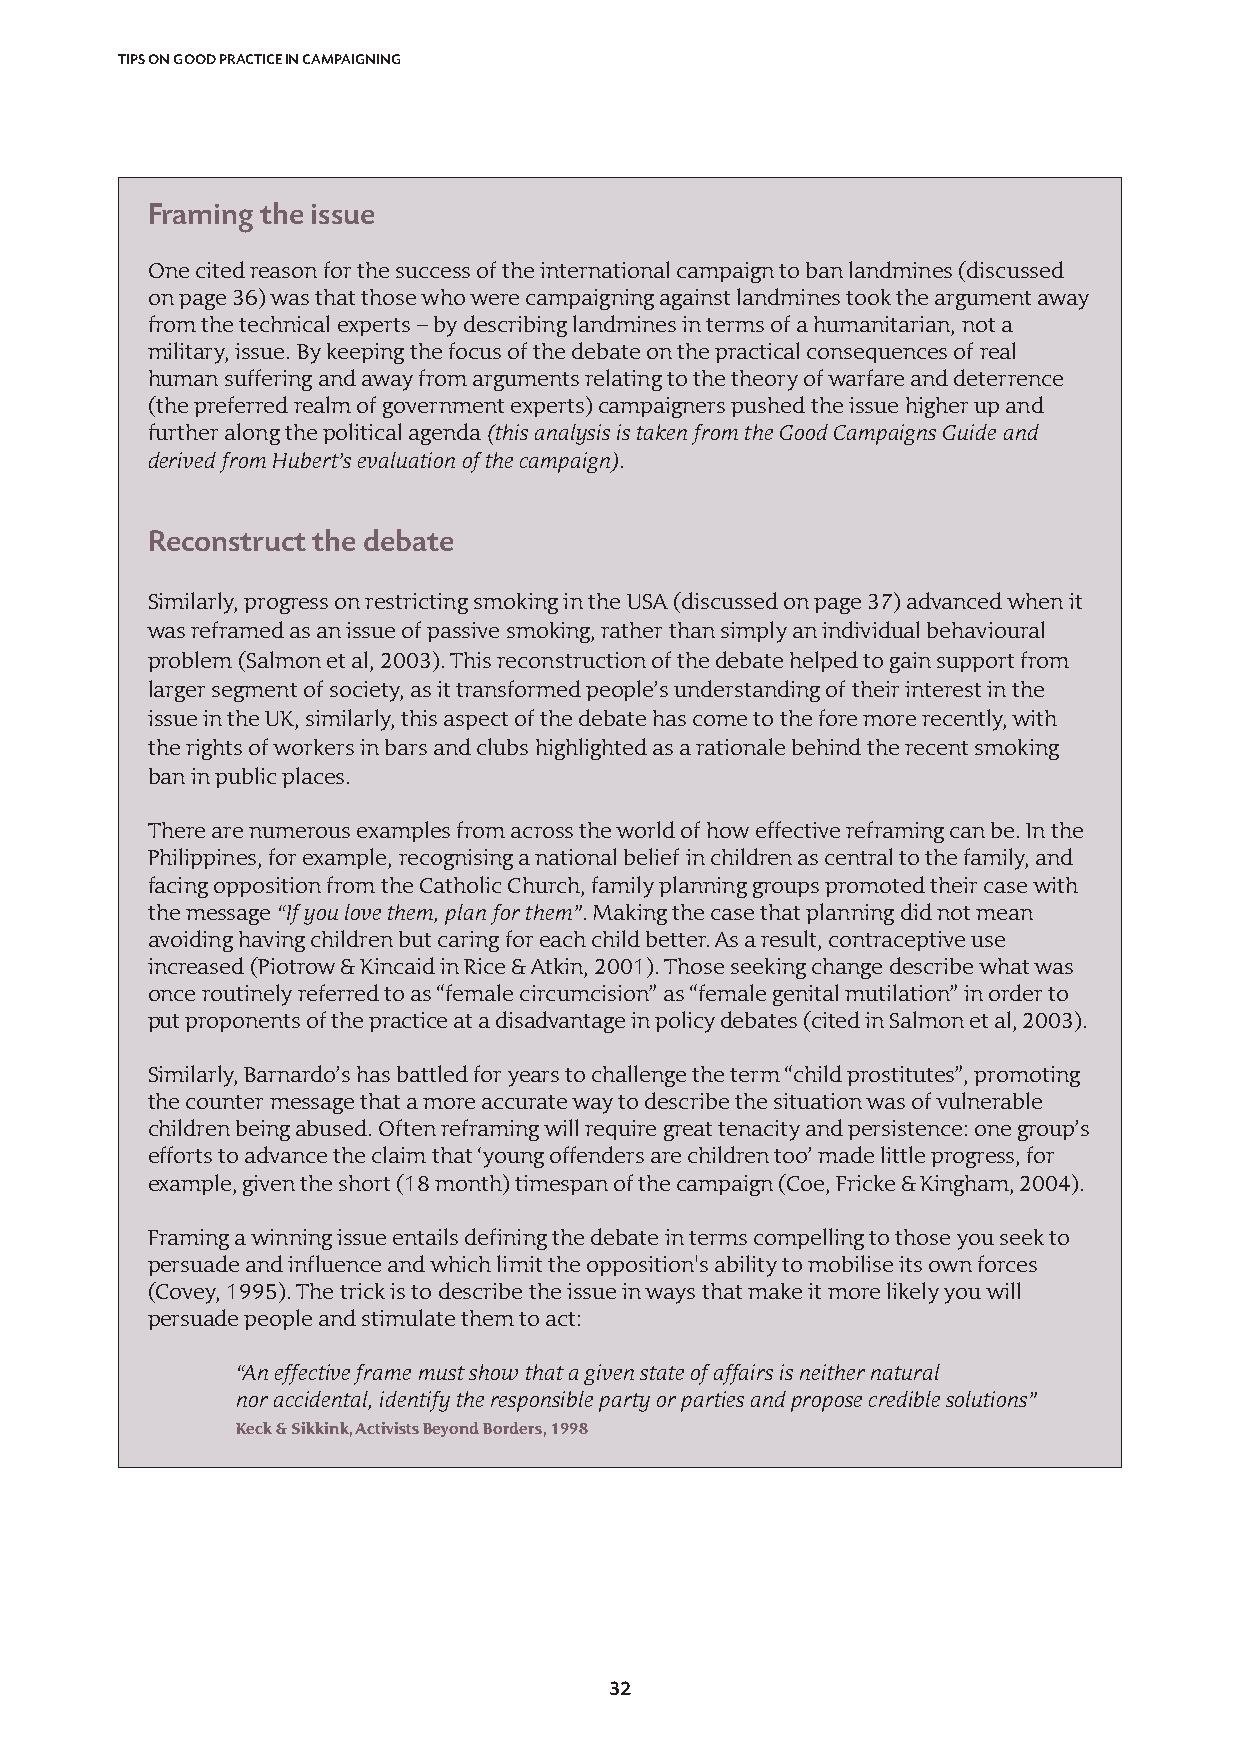
TIPS ON GOOD PRACTICE IN CAMPAIGNING
 Framing the issue
 One cited reason for the success of the international campaign to ban landmines (discussed
 on page 36) was that those who were campaigning against landmines took the argument away
 from the technical experts – by describing landmines in terms of a humanitarian, not a
 military, issue. By keeping the focus of the debate on the practical consequences of real
 human suffering and away from arguments relating to the theory of warfare and deterrence
 (the preferred realm of government experts) campaigners pushed the issue higher up and
 further along the political agenda (this analysis is taken from the Good Campaigns Guide and
 derived from Hubert’s evaluation of the campaign).
 Reconstruct the debate
 Similarly, progress on restricting smoking in the USA (discussed on page 37) advanced when it
 was reframed as an issue of passive smoking, rather than simply an individual behavioural
 problem (Salmon et al, 2003). This reconstruction of the debate helped to gain support from
 larger segment of society, as it transformed people’s understanding of their interest in the
 issue in the UK, similarly, this aspect of the debate has come to the fore more recently, with
 the rights of workers in bars and clubs highlighted as a rationale behind the recent smoking
 ban in public places.
 There are numerous examples from across the world of how effective reframing can be. In the
 Philippines, for example, recognising a national belief in children as central to the family, and
 facing opposition from the Catholic Church, family planning groups promoted their case with
 the message“If you love them, plan for them”. Making the case that planning did not mean
 avoiding having children but caring for each child better. As a result, contraceptive use
 increased (Piotrow & Kincaid in Rice & Atkin, 2001). Those seeking change describe what was
 once routinely referred to as “female circumcision” as “female genital mutilation” in order to
 put proponents of the practice at a disadvantage in policy debates (cited in Salmon et al, 2003).
 Similarly, Barnardo’s has battled for years to challenge the term “child prostitutes”, promoting
 the counter message that a more accurate way to describe the situation was of vulnerable
 children being abused. Often reframing will require great tenacity and persistence: one group’s
 efforts to advance the claim that ‘young offenders are children too’ made little progress, for
 example, given the short (18 month) timespan of the campaign (Coe, Fricke & Kingham, 2004).
 Framing a winning issue entails defining the debate in terms compelling to those you seek to
 persuade and influence and which limit the opposition's ability to mobilise its own forces
 (Covey, 1995). The trick is to describe the issue in ways that make it more likely you will
 persuade people and stimulate them to act:
 “An effective frame must show that a given state of affairs is neither natural
 nor accidental, identify the responsible party or parties and propose credible solutions”
 Keck & Sikkink, Activists Beyond Borders, 1998
 32